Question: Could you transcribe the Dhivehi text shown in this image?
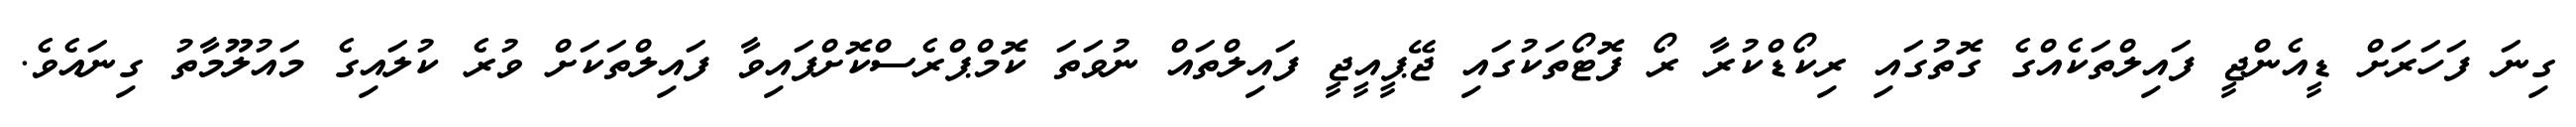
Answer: ގިނަ ފަހަރަށް ޑީއެންޖީ ފައިލްތަކެއްގެ ގޮތުގައި ރިކޯޑްކުރާ ރޯ ފޮޓޯތަކުގައި ޖޭޕީއީޖީ ފައިލްތައް ނުވަތަ ކޮމްޕްރެސްކޮށްފައިވާ ފައިލްތަކަށް ވުރެ ކުލައިގެ މައުލޫމާތު ގިނައެވެ.